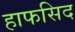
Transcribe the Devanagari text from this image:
हाफसिद